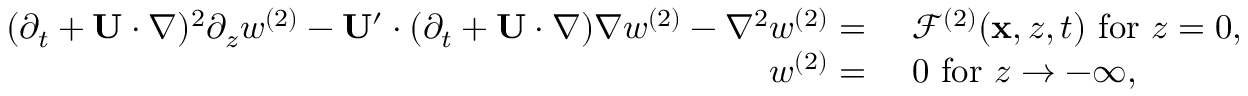
\begin{array} { r l } { ( \partial _ { t } + \mathbf { U } \cdot \nabla ) ^ { 2 } \partial _ { z } w ^ { ( 2 ) } - \mathbf { U } ^ { \prime } \cdot ( \partial _ { t } + \mathbf { U } \cdot \nabla ) \nabla w ^ { ( 2 ) } - \nabla ^ { 2 } w ^ { ( 2 ) } = ~ } & { \mathcal { F } ^ { ( 2 ) } ( \mathbf { x } , z , t ) ~ \mathrm { f o r } ~ z = 0 , } \\ { w ^ { ( 2 ) } = ~ } & { 0 ~ \mathrm { f o r } ~ z \to - \infty , } \end{array}